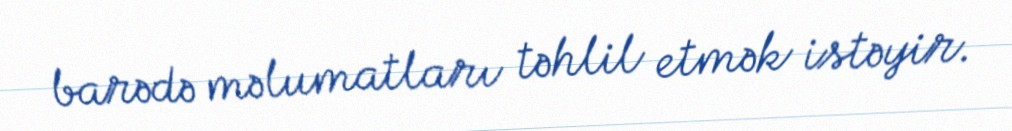
barədə məlumatları təhlil etmək istəyir.